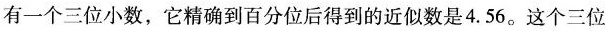
有一个三位小数，它精确到百分位后得到的近似数是4.56。这个三位